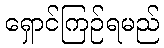
ရှောင်ကြဉ်ရမည်